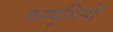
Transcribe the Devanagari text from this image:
कम्यूनियों